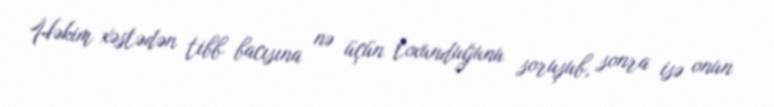
Həkim xəstədən tibb bacısına nə üçün toxunduğunu soruşub, sonra isə onun